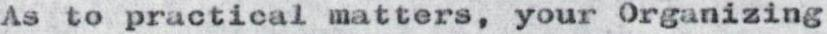
As to practical matters, your Organizing